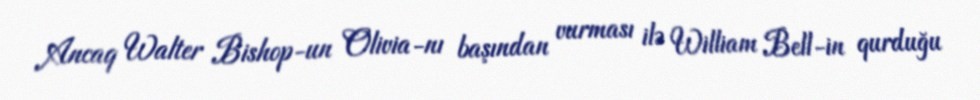
Ancaq Walter Bishop-un Olivia-nı başından vurması ilə William Bell-in qurduğu